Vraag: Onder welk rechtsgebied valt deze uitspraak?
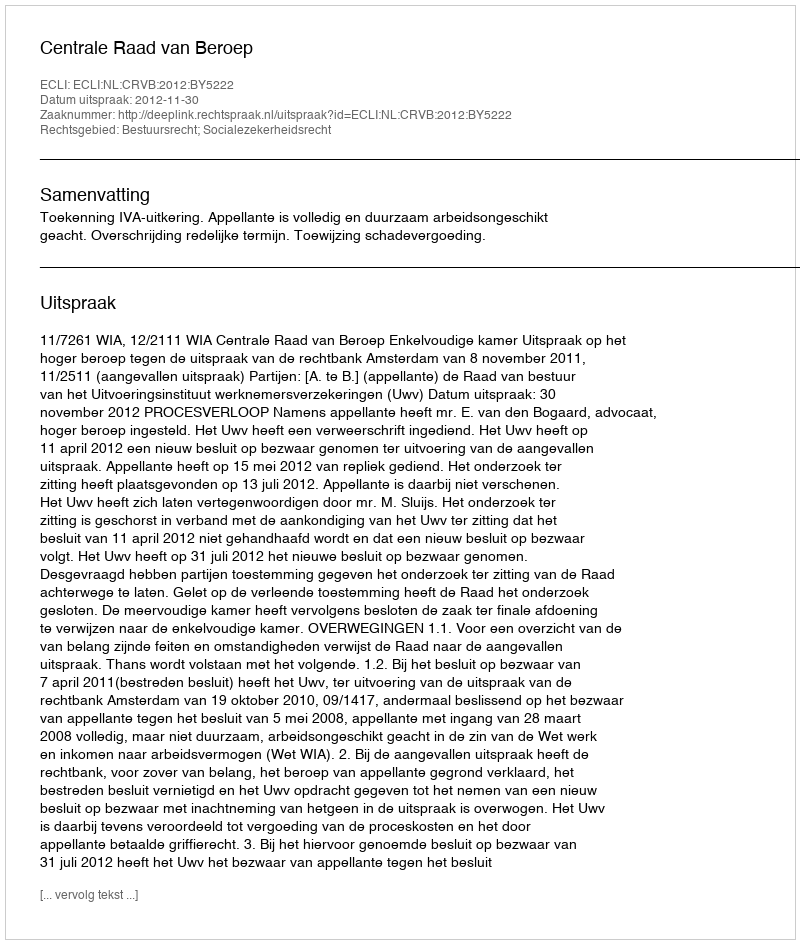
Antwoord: Bestuursrecht; Socialezekerheidsrecht